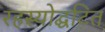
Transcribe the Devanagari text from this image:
रहस्योद्घटित